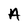
Character: A